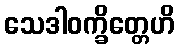
သေဒါဝက္ခိတ္တေဟိ